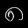
Digit: ၈